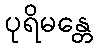
ပုရိမန္တေ